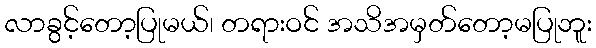
လာခွင့်တော့ပြုမယ်၊ တရားဝင် အသိအမှတ်တော့မပြုဘူး